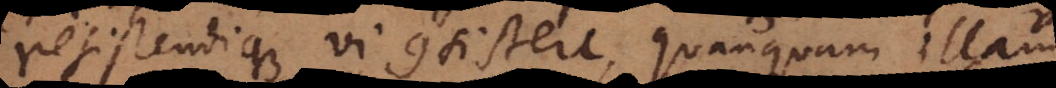
resistendique vi consistere, quanquam illam